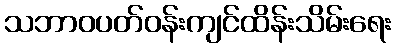
သဘာဝပတ်ဝန်းကျင်ထိန်းသိမ်းရေး